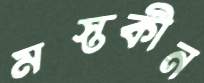
মস্তকীন